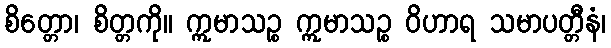
စိတ္တော၊ စိတ္တကို။ ဣမာသဉ္စ ဣမာသဉ္စ ဝိဟာရ သမာပတ္တီနံ၊